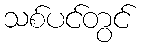
သစ်ပင်တွင်